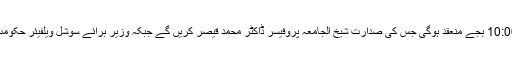
کانفرنس کی افتتاحی تقریب کی 08 ستمبر کو صبح 10:00 بجے منعقد ہوگی جس کی صدارت شیخ الجامعہ پروفیسر ڈاکٹر محمد قیصر کریں گے جبکہ وزیر برائے سوشل ویلفیئر حکومت سندھ محترمہ شمیم ممتاز مہمان خصوصی ہوں گی۔